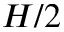
H / 2